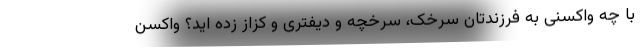
با چه واکسنی به فرزندتان سرخک، سرخچه و دیفتری و کزاز زده اید؟ واکسن